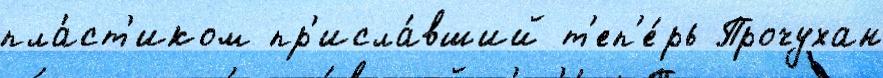
пла́ст'иком пр'исла́вший т'еп'е́рь Прочухан